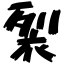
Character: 裂